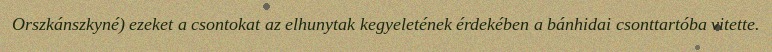
Orszkánszkyné) ezeket a csontokat az elhunytak kegyeletének érdekében a bánhidai csonttartóba vitette.